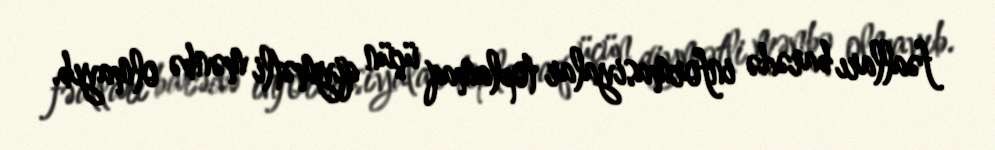
fəalları barədə informasiyalar toplamaq üçün qiymətli mənbə olmayıb.